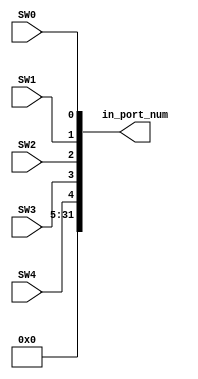
module in_port(SW4,SW3,SW2,SW1,SW0,in_port_num);//inport
	input SW4,SW3,SW2,SW1,SW0;
	output[31:0] in_port_num;
	assign in_port_num={27'b0,SW4,SW3,SW2,SW1,SW0};
 
 
endmodule